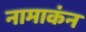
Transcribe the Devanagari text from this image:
नामाकंन